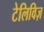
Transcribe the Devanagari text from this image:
टेलिविज़